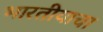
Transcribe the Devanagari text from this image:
भारतीयाचा